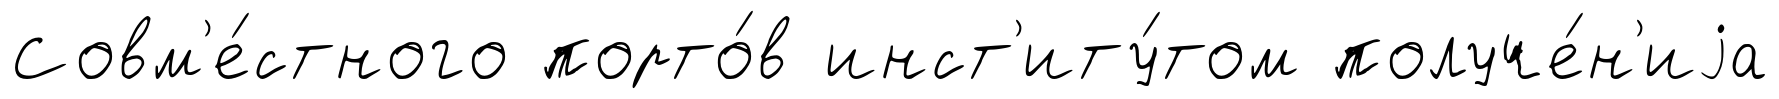
Совм'е́стного порто́в инст'иту́том получе́н'иjа